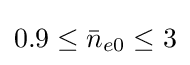
0.9\leq {\bar {n}}_{e0}\leq 3